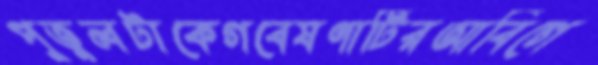
পুতুলটাকেগবেষণাটিরআবিগে